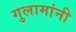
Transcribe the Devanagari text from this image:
गुलामांनी